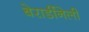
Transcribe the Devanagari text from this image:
बेरार्डीनेली